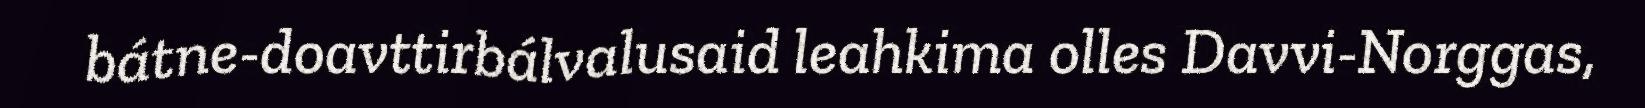
bátne-doavttirbálvalusaid leahkima olles Davvi-Norggas,